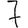
Digit: 7